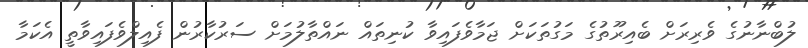
ލުބްނާނުގެ ވެރިރަށް ބެއިރޫތުގެ މަގުތަކަށް ޖަމާވެފައިވާ ކުނިތައް ނައްތާލުމަށް ސަރުކާރުން ފެއިލްވެފައިވާތީ އެކަމާ